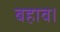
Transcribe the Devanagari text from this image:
बहाव।